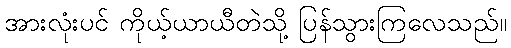
အားလုံးပင် ကိုယ့်ယာယီတဲသို့ ပြန်သွားကြလေသည်။